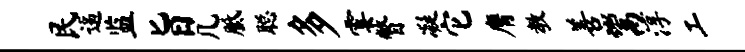
民逼监旨几胝聪多霎瞥凝它膺教善鬻淳工